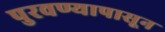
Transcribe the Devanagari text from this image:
पुरवण्यापासून